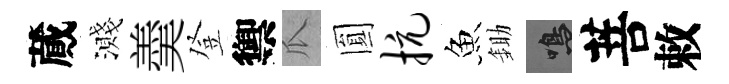
蕆濺羮登禦瓜圎抗魚鋤鳴菩敕